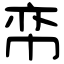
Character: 帟